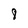
Character: 8